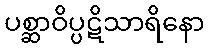
ပစ္ဆာဝိပ္ပဋိသာရိနော